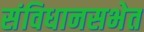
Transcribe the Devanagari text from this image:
संविधानसभेत